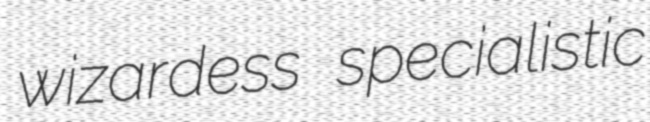
wizardess specialistic